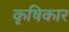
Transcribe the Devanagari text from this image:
कृषिकार